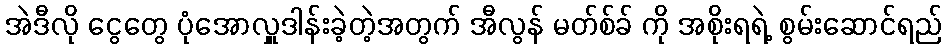
အဲဒီလို ငွေတွေ ပုံအောလှူဒါန်းခဲ့တဲ့အတွက် အီလွန် မတ်စ်ခ် ကို အစိုးရရဲ့ စွမ်းဆောင်ရည်